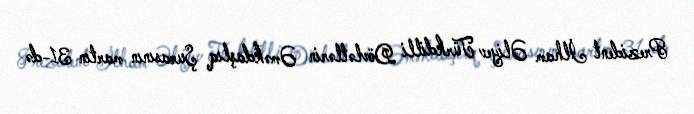
Prezident İlham Əliyev Türkdilli Dövlətlərin Əməkdaşlıq Şurasının martın 31-də